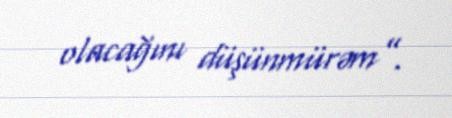
olacağını düşünmürəm”.